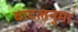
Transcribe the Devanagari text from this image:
बादलनुमा